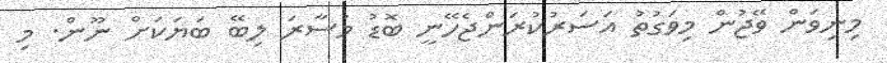
މިނިވަން ވޭޖުން މިވަގުތު އަސަރުކުރަންޖެހޭނީ ބޮޑު މުސާރަ ލިބޭ ބަޔަކަށް ނޫން. މި